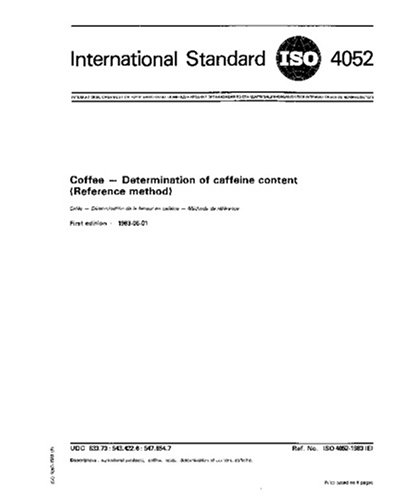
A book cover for ISO 4052:1983, Coffee -- Determination of caffeine content (Reference method); ISO TC 34/SC 15; Health, Fitness & Dieting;